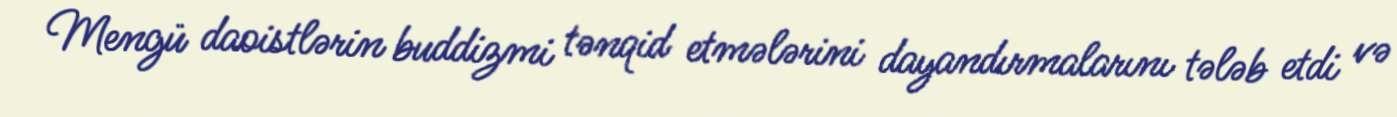
Mengü daoistlərin buddizmi tənqid etmələrini dayandırmalarını tələb etdi və